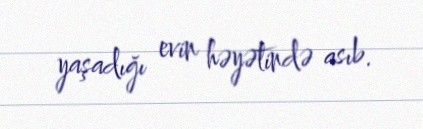
yaşadığı evin həyətində asıb.